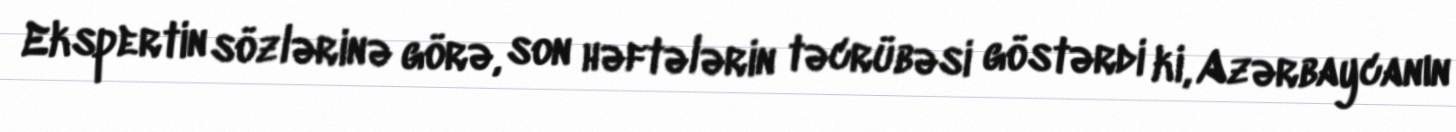
Ekspertin sözlərinə görə, son həftələrin təcrübəsi göstərdi ki, Azərbaycanın